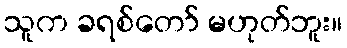
သူက ခရစ်တော် မဟုတ်ဘူး။